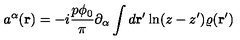
a ^ { \alpha } ( { \bf r } ) = - i \frac { p \phi _ { 0 } } { \pi } \partial _ { \alpha } \int d { \bf r ^ { \prime } } \ln ( z - z ^ { \prime } ) \varrho ( { \bf r ^ { \prime } } )